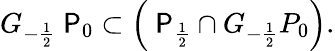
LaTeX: G_{-\frac{1}{2}}\mathrm{\sf~P}_{0}\subset\left(\mathrm{\sf~P}_{\frac{1}{2}}\cap G_{-\frac{1}{2}}P_{0}\right).